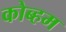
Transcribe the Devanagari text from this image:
कोब्हम